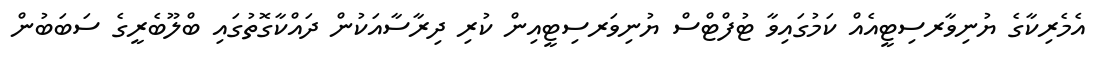
އެމެރިކާގެ ޔުނިވާރސިޓީއެއް ކަމުގައިވާ ޓުފްޓްސް ޔުނިވަރސިޓީއިން ކުރި ދިރާސާއަކުން ދައްކާގޮތުގައި ބްލޫބެރީގެ ސަބަބުން